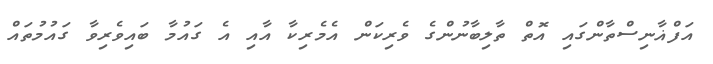
އަފްޣާނިސްތާންގައި އޮތް ތާލިބާނުންގެ ވެރިކަން އެމެރިކާ އާއި އެ ގައުމާ ބައިވެރިވާ ގައުމުތައް